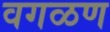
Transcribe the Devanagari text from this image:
वगळण